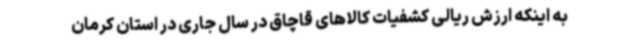
به اینکه ارزش ریالی کشفیات کالاهای قاچاق در سال جاری در استان کرمان